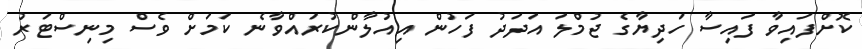
ކޮށްފައިވާ ފައިސާ ހަދިޔާގެ ޖުމްލަ އަދަދު ފަހުން އިއުލާންކުރައްވާނެ ކަމަށް ވެސް މިނިސްޓަރު